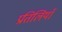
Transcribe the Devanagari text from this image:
प्रतिलियाँ